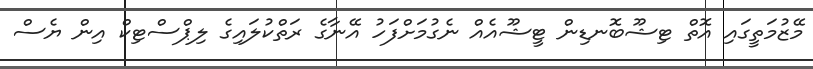
މޭޒުމަތީގައި އޮތް ޓިޝޫބޮނޑިން ޓީޝޫއެއް ނެގުމަށްފަހު އޭނާގެ ރަތްކުލައިގެ ލިޕްސްޓިކް އިން ޔެސް